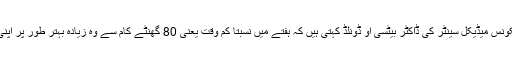
بوسٹن میں واقع بیتھ اسرائیل ڈیکونس میڈیکل سینٹر کی ڈاکٹر بیٹسی او ڈونلڈ کہتی ہیں کہ ہفتے میں نسبتاً کم وقت یعنی 80 گھنٹے کام سے وہ زیادہ بہتر طور پر اپنی ڈیوٹی سرانجام دے سکتی ہیں۔